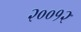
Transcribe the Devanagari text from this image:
२००१२